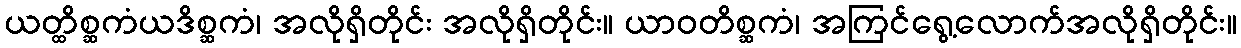
ယတ္ထိစ္ဆကံယဒိစ္ဆကံ၊ အလိုရှိတိုင်း အလိုရှိတိုင်း။ ယာဝတိစ္ဆကံ၊ အကြင်ရွေ့လောက်အလိုရှိတိုင်း။